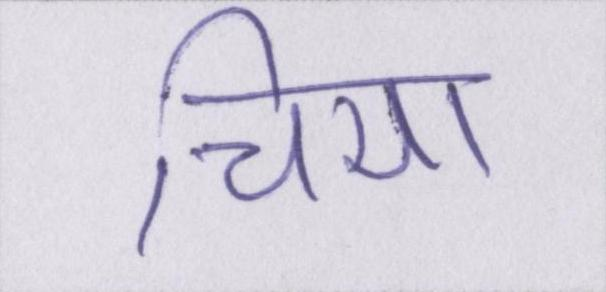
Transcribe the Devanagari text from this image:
चिया